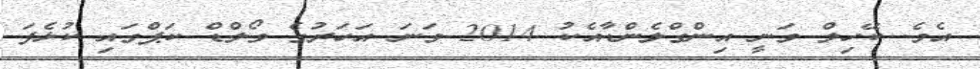
އެވެ. ކޭހިލް ވަނީ އިންގްލެންޑާއެކު 2014 ވަނަ އަހަރުގެ ވޯލްޑް ކަޕްގައި ކުޅެފަ